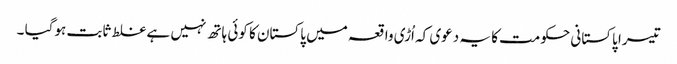
تیسرا پاکستانی حکومت کا یہ دعوی کہ اُڑی واقعہ میں پاکستان کا کوئی ہاتھ نہیں ہے غلط ثابت ہوگیا ۔